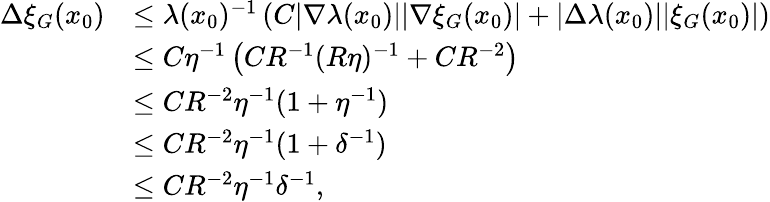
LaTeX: \begin{array}{rl}{\Delta\xi_{G}(x_{0})}&{\leq\lambda(x_{0})^{-1}\left(C|\nabla\lambda(x_{0})||\nabla\xi_{G}(x_{0})|+|\Delta\lambda(x_{0})||\xi_{G}(x_{0})|\right)}\\ &{\leq C\eta^{-1}\left(CR^{-1}(R\eta)^{-1}+CR^{-2}\right)}\\ &{\leq CR^{-2}\eta^{-1}(1+\eta^{-1})}\\ &{\leq CR^{-2}\eta^{-1}(1+\delta^{-1})}\\ &{\leq CR^{-2}\eta^{-1}\delta^{-1},}\end{array}